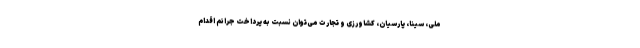
ملی، سینا، پارسیان، کشاورزی و تجارت می‌توان نسبت به پرداخت جرائم اقدام